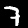
Digit: 7